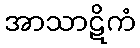
အာသာဋိကံ